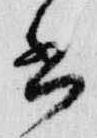
書